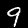
Label: 9